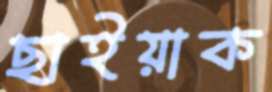
ছাইয়াক